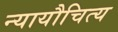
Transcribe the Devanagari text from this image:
न्यायौचित्य